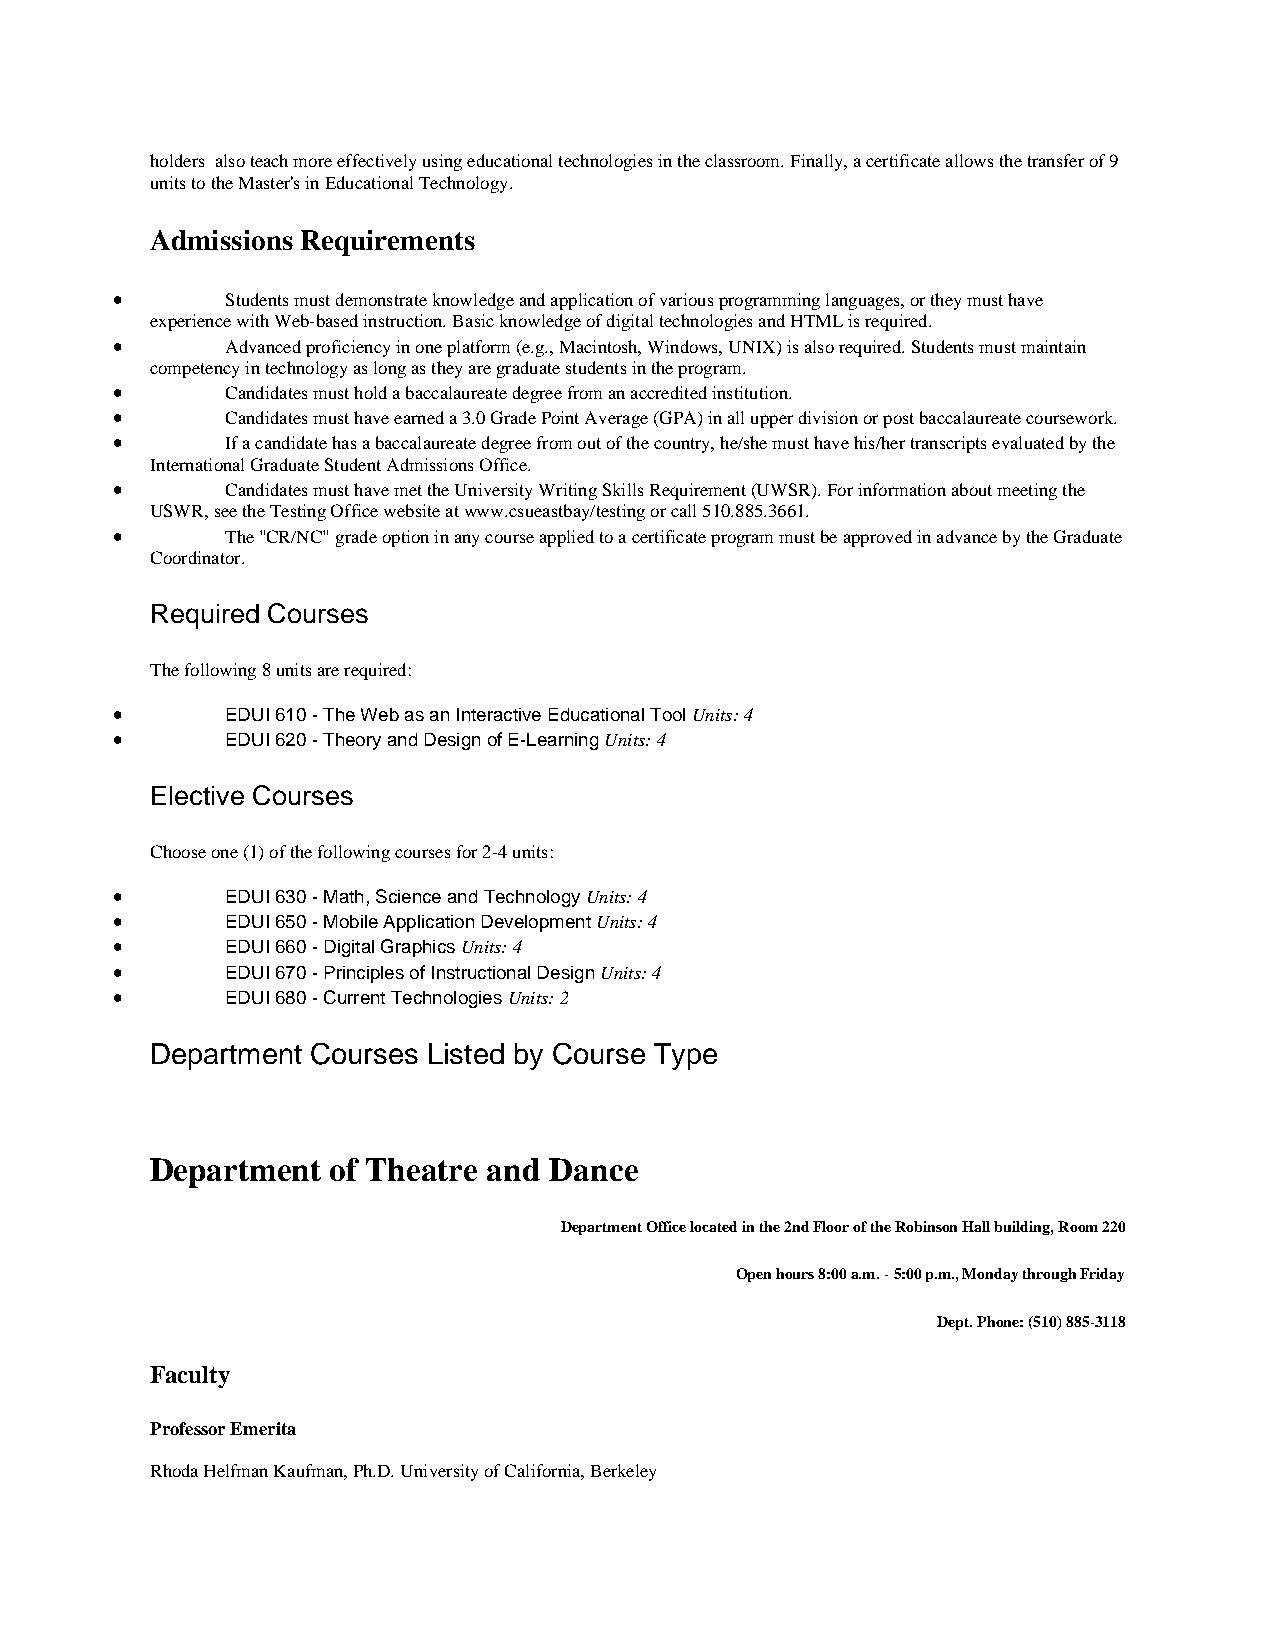
holders also teach more effectively using educational technologies in the classroom. Finally, a certificate allows the transfer of 9
 units to the Master's in Educational Technology.
 Admissions Requirements
 •       Students must demonstrate knowledge and application of various programming languages, or they must have
 experience with Web-based instruction. Basic knowledge of digital technologies and HTML is required.
 •       Advanced proficiency in one platform (e.g., Macintosh, Windows, UNIX) is also required. Students must maintain
 competency in technology as long as they are graduate students in the program.
 •       Candidates must hold a baccalaureate degree from an accredited institution.
 •       Candidates must have earned a 3.0 Grade Point Average (GPA) in all upper division or post baccalaureate coursework.
 •       If a candidate has a baccalaureate degree from out of the country, he/she must have his/her transcripts evaluated by the
 International Graduate Student Admissions Office.
 •       Candidates must have met the University Writing Skills Requirement (UWSR). For information about meeting the
 USWR, see the Testing Office website at www.csueastbay/testing or call 510.885.3661.
 •       The "CR/NC" grade option in any course applied to a certificate program must be approved in advance by the Graduate
 Coordinator.
 Required Courses
 The following 8 units are required:
 •       EDUI 610 - The Web as an Interactive Educational Tool Units: 4
 •       EDUI 620 - Theory and Design of E-Learning Units: 4
 Elective Courses
 Choose one (1) of the following courses for 2-4 units:
 •       EDUI 630 - Math, Science and Technology Units: 4
 •       EDUI 650 - Mobile Application Development Units: 4
 •       EDUI 660 - Digital Graphics Units: 4
 •       EDUI 670 - Principles of Instructional Design Units: 4
 •       EDUI 680 - Current Technologies Units: 2
 Department Courses Listed by Course Type
 Department  of Theatre and Dance
 Department Office located in the 2nd Floor of the Robinson Hall building, Room 220
 Open hours 8:00 a.m. - 5:00 p.m., Monday through Friday
 Dept. Phone: (510) 885-3118
 Faculty
 Professor Emerita
 Rhoda Helfman Kaufman, Ph.D. University of California, Berkeley